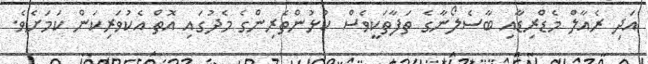
އަދި ރެއާލް މެޑްރިޑާއި ބާސެލޯނާގެ ތަފާތަކީވެސް ކުޅުންތެރިންގެ މެދުގައި އޮތް އެކުވަރިކަން ކަމަށެވެ.